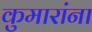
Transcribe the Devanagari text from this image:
कुमारांना